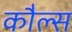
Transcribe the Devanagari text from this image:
कौल्स